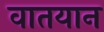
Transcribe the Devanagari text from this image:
वातयान